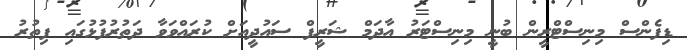
ޑިފެންސް މިނިސްޓްރީން ބުނީ މިނިސްޓަރު އާދަމް ޝަރީފް ސައުދީއަށް ކުރައްވަވާ ދަތުރުފުޅުގައި ފިތުރު